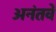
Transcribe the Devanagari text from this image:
अनंतवें